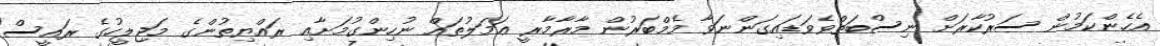
އެހެންކަމުން ސަރުކާރަށް ނިސްބަތްވެވަޑައިގަންނަވާ މެމްބަރުން މާރާމާރީ ޢަމަލުތައް ނުހިންގުމަށާއި ރައްޔިތުންގެ މަޖިލީހުގެ ރައީސް